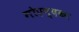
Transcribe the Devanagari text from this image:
गोएन्दका